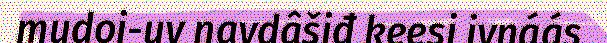
mudoi-uv navdâšiđ keesi ivnáás